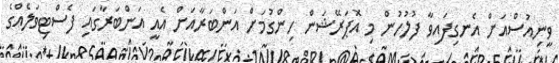
ވީނިއުސްއަށް އެނގިފައިވާ ފުލުހުން މި އޮޕަރޭޝަން ހިންގުމަށް އަންބަރާއަށް އެއީ އަންބަރާގައި ފެސްޓިވަލެއްގެ